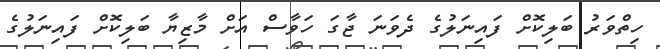
ހިތްވަރު ބަލިކޮށް ފައިނަލުގެ ދެވަނަ ޖާގަ ހަވާސް އަށް މާޒިޔާ ބަލިކޮށް ފަައިނަލުގެ